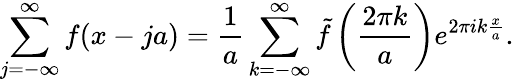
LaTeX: \sum_{j=-\infty}^{\infty}f(x-ja)=\frac{1}{a}\sum_{k=-\infty}^{\infty}\tilde{f}\left(\frac{2\pi k}{a}\right)e^{2\pi ik\frac{x}{a}}.